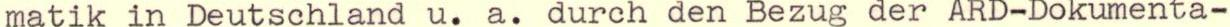
matik in Deutschland u. a. durch den Bezug der ARD-Dokumenta-